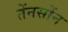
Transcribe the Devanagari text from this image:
तेंनसोंन